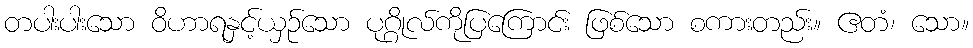
တပါးပါးသော ဝိဟာရနှင့်ယှဉ်သော ပုဂ္ဂိုလ်ကိုပြကြောင်း ဖြစ်သော စကားတည်း။ ဧတံ၊ သော။